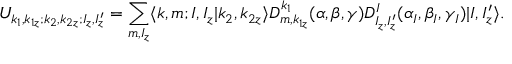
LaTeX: U _ { k _ { 1 } , k _ { 1 z } ; k _ { 2 } , k _ { 2 z } ; I _ { z } , I _ { z } ^ { \prime } } = \sum _ { m , I _ { z } } \langle k , m ; I , I _ { z } | k _ { 2 } , k _ { 2 z } \rangle D _ { m , k _ { 1 z } } ^ { k _ { 1 } } ( \alpha , \beta , \gamma ) D _ { I _ { z } , I _ { z } ^ { \prime } } ^ { I } ( \alpha _ { I } , \beta _ { I } , \gamma _ { I } ) | I , I _ { z } ^ { \prime } \rangle .